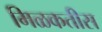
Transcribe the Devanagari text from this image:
मिळकतीस